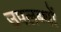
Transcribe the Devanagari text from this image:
उपलब्धों